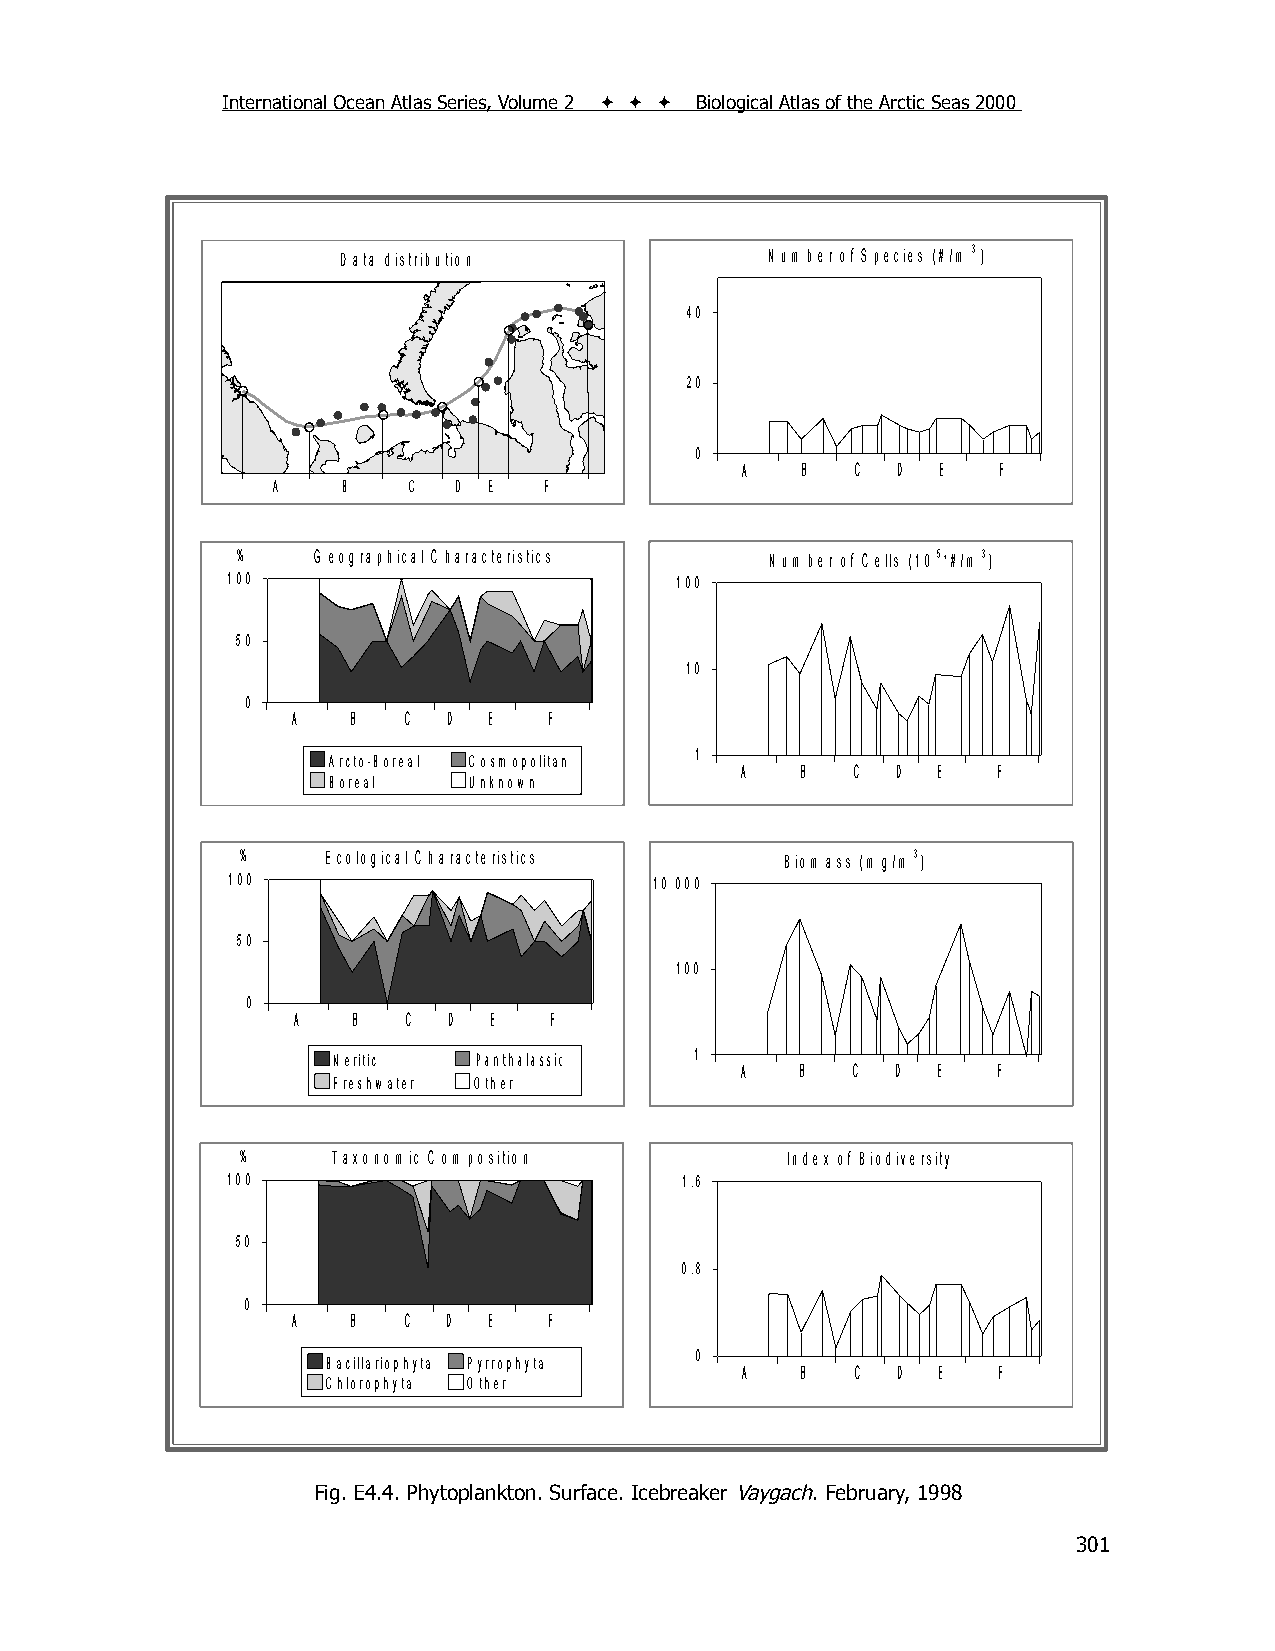
International Ocean Atlas Series, Volume 2    Biological Atlas of the Arctic Seas 2000
 D ata distribution          N um ber of S pecies (#/m 3 )
 40
 20
 0
 A   B   C D  E   F
 A    B   C  D E   F
 %    G eographical C haracteristics N um ber of C ells (10 5 *#/m 3)
 100                           100
 50
 10
 0
 A   B   C  D E   F
 1
 Arcto-B oreal C osm opolitan
 A   B   C D  E   F
 Boreal   U nknow n
 %    E cological C haracteristics   B iom ass (m g/m 3)
 100                         10 000
 50
 100
 0
 A   B   C  D E   F
 N eritic PPaanntthhaallaassssiick 1
 A   B  C  D  E   F
 Freshw ater O ther
 %     T axonom ic C om position     Index of B iodiversity
 100                           1.6
 50
 0.8
 0
 A   B   C  D E   F
 0
 Bacillariophyta Pyrrophyta
 A   B   C D  E   F
 C hlorophyta O ther
 Fig. E4.4. Phytoplankton. Surface. Icebreaker Vaygach. February, 1998
 301